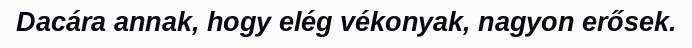
Dacára annak, hogy elég vékonyak, nagyon erősek.